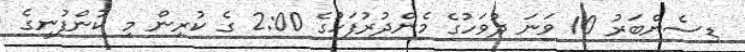
ޑިސެންބަރު 10 ވަނަ ދުވަހުގެ މެންދުރުފަހުގެ 2:00 ގެ ކުރިން މި ކުންފުނީގެ